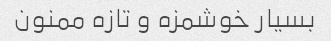
بسیار خوشمزه و تازه ممنون